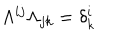
\Lambda ^ { i j } \Lambda _ { j k } = \delta _ { k } ^ { i }